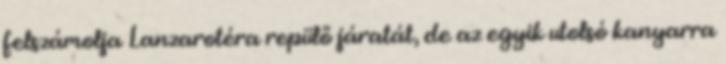
felszámolja Lanzarotéra repülő járatát, de az egyik utolsó kanyarra